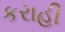
કરાહી